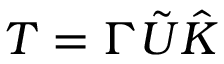
T = \Gamma \tilde { U } \hat { K }